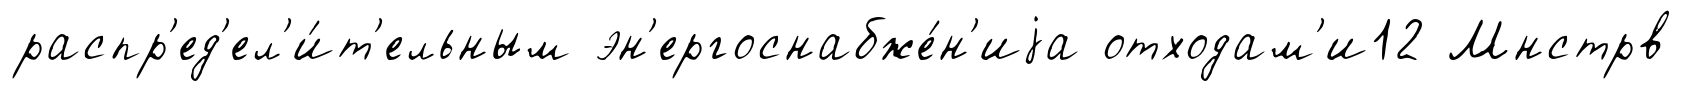
распр'ед'ел'и́т'ельным эн'ергоснабже́н'иjа отходам'и12 Мнстрв